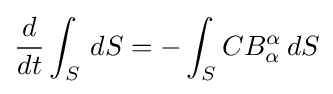
{\frac {d}{dt}}\int _{S}\,dS=-\int _{S}CB_{\alpha }^{\alpha }\,dS